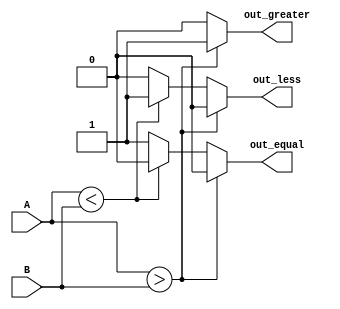
module bit_comparator (
    input [1:0] A,
    input [1:0] B,
    output reg out_greater,
    output reg out_less,
    output reg out_equal
);

always @(*) begin
    if (A > B) begin
        out_greater = 1;
        out_less = 0;
        out_equal = 0;
    end else if (A < B) begin
        out_greater = 0;
        out_less = 1;
        out_equal = 0;
    end else begin
        out_greater = 0;
        out_less = 0;
        out_equal = 1;
    end
end

endmodule